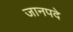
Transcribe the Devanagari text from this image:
जानपदे